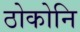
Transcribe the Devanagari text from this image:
ठोकोनि